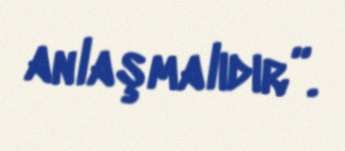
anlaşmalıdır”.